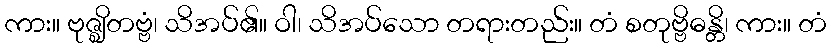
ကား။ ဗုဇ္ဈိတဗ္ဗံ၊ သိအပ်၏။ ဝါ၊ သိအပ်သော တရားတည်း။ တံ စတုဗ္ဗိဓန္တိ၊ ကား။ တံ